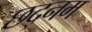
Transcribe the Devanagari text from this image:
छद्नम